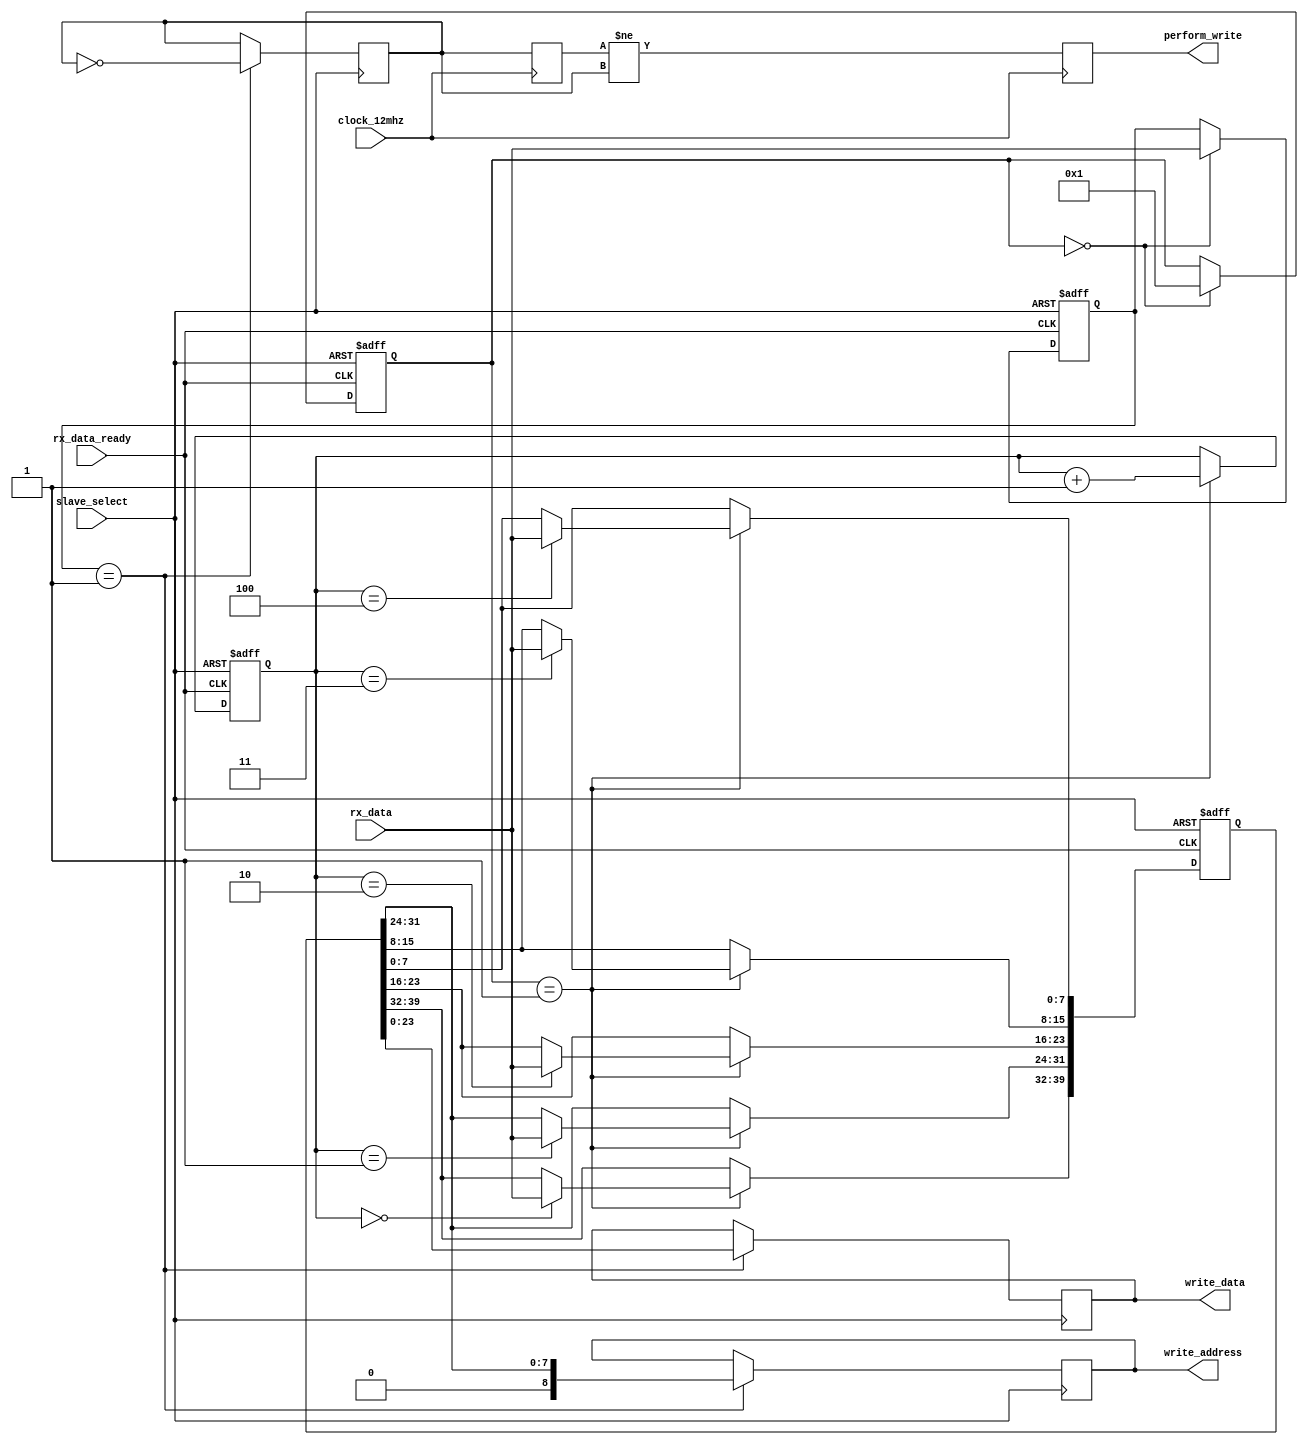

`ifndef UART_HANDLER_V
`define UART_HANDLER_V

module uart_handler(
    input clock_12mhz,

    input[7:0] rx_data,
    input rx_data_ready,
    // Note: The RTS pin is inverted, i.e. true => low, false => high
    input slave_select,

    output reg perform_write,
    output reg[8:0] write_address,
    output reg[23:0] write_data
    );

reg[3:0] state;
parameter STATE_COMMAND = 0;
parameter STATE_ARGUMENT = 1;

reg[7:0] command;
parameter COMMAND_SET_LED = 1;

reg[39:0] argument;
reg[3:0] argument_counter;

/**
 * Store the received UART bytes
 */
always @(posedge rx_data_ready or posedge slave_select)
begin
    // RTS or DTR can be used as an asynchronous reset here
    if (slave_select)
    begin
        state <= STATE_COMMAND;
        command <= 0;
        argument <= 0;
        argument_counter <= 0;
    end
    else begin
        case (state)
            STATE_COMMAND:
            begin
                command <= rx_data;
                state <= STATE_ARGUMENT;
            end

            STATE_ARGUMENT:
            begin
                case (argument_counter)
                    0:
                        argument[39:32] <= rx_data[7:0];
                    1:
                        argument[31:24] <= rx_data[7:0];
                    2:
                        argument[23:16] <= rx_data[7:0];
                    3:
                        argument[15:8] <= rx_data[7:0];
                    4:
                        argument[7:0] <= rx_data[7:0];
                endcase

                argument_counter <= argument_counter + 1;
            end
        endcase
    end
end

/**
 * Evaluate the received command sequence
 */
reg _perform_write;

always @(posedge slave_select)
begin
    // The slave select signal is used as/like a clock here
    case (command)
        COMMAND_SET_LED:
        begin
            write_address[8:0] <= {1'b0, argument[31:24]};
            write_data[23:0] <= argument[23:0];
            _perform_write <= ~_perform_write;
        end
    endcase
end

/**
 * Generate write command pulse
 */
reg previous_perform_write;
always @(posedge clock_12mhz)
begin
    previous_perform_write <= _perform_write;
    perform_write <= (previous_perform_write != _perform_write);
end

endmodule

`endif